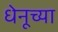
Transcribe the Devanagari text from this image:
धेनूच्या